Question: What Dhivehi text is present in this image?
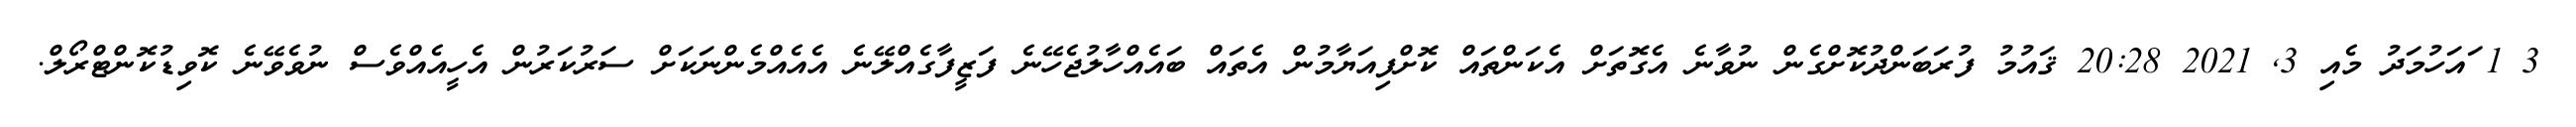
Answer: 3 1 ައަހުމަދު މެއި 3, 2021 20:28 ޤައުމު ފުރަބަންދުކޮށްގެން ނުވާނެ އެގޮތަށް އެކަންތައް ކޮށްފިއަޔާމުން އެތައް ބައެއްހާލުޖެހޭނެ ފަޒީފާގެއްލޭނެ އެއެއްމެންނަކަށް ސަރުކަރުން އެހީއެއްވެސް ނުވެވޭނެ ކޮވިޑުކޮންޓްރޯލް.